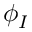
\phi _ { I }